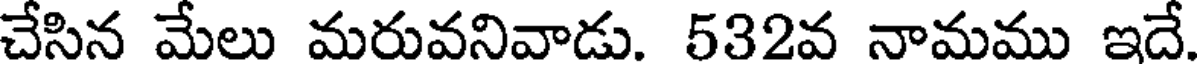
చేసిన మేలు మరువనివాడు. 532వ నామము ఇదే.